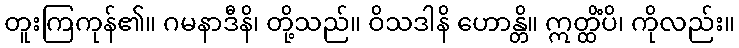
တူးကြကုန်၏။ ဂမနာဒီနိ၊ တို့သည်။ ဝိသဒါနိ ဟောန္တိ။ ဣတ္ထိံပိ၊ ကိုလည်း။